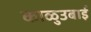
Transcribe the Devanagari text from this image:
काळुउबाई